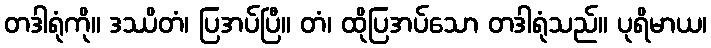
တဒါရုံကို။ ဒဿိတံ၊ ပြအပ်ပြီ။ တံ၊ ထိုပြအပ်သော တဒါရုံသည်။ ပုရိမာယ၊